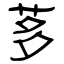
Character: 茤